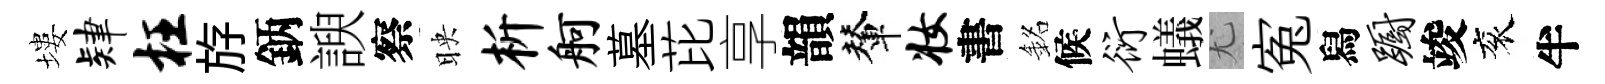
塿肄枉斿鈵諛察映析舸墓芘享韻輦妆書銘候衍蟻尤寃舄蹰竣衮半